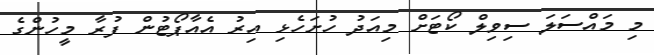
މި މައްސަލަ ސިވިލް ކޯޓަށް މިއަދު ހުށަހެޅި އިރު އެއާޕޯޓުން ފުރާ މީހުންގެ